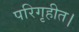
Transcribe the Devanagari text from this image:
परिगृहीत।